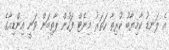
އެ ލަނޑު ކާމިޔާބު ކުރިތާ ހަތަރު މިނެޓް ފަހުން ޕާތިބަން ވަނީ އިންޑިއާގެ